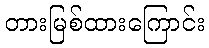
တားမြစ်ထားကြောင်း